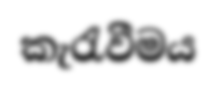
කැරැවීමය